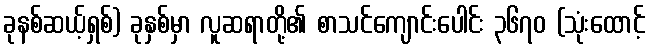
ခုနစ်ဆယ့်ရှစ်) ခုနှစ်မှာ လူဆရာတို့၏ စာသင်ကျောင်းပေါင်း ၃၆၇၀ (သုံးထောင့်